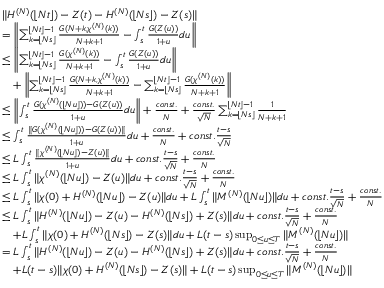
\begin{array} { r l } & { \| H ^ { ( N ) } ( \lfloor N t \rfloor ) - Z ( t ) - H ^ { ( N ) } ( \lfloor N s \rfloor ) - Z ( s ) \| } \\ & { = \left\| \sum _ { k = \lfloor N s \rfloor } ^ { \lfloor N t \rfloor - 1 } \frac { G ( N + k , \chi ^ { ( N ) } ( k ) ) } { N + k + 1 } - \int _ { s } ^ { t } \frac { G ( Z ( u ) ) } { 1 + u } d u \right\| } \\ & { \le \left\| \sum _ { k = \lfloor N s \rfloor } ^ { \lfloor N t \rfloor - 1 } \frac { G ( \chi ^ { ( N ) } ( k ) ) } { N + k + 1 } - \int _ { s } ^ { t } \frac { G ( Z ( u ) ) } { 1 + u } d u \right\| } \\ & { \quad + \left\| \sum _ { k = \lfloor N s \rfloor } ^ { \lfloor N t \rfloor - 1 } \frac { G ( N + k , \chi ^ { ( N ) } ( k ) ) } { N + k + 1 } - \sum _ { k = \lfloor N s \rfloor } ^ { \lfloor N t \rfloor - 1 } \frac { G ( \chi ^ { ( N ) } ( k ) ) } { N + k + 1 } \right\| } \\ & { \le \left\| \int _ { s } ^ { t } \frac { G ( \chi ^ { ( N ) } ( \lfloor N u \rfloor ) ) - G ( Z ( u ) ) } { 1 + u } d u \right\| + \frac { c o n s t . } { N } + \frac { c o n s t . } { \sqrt { N } } \sum _ { k = \lfloor N s \rfloor } ^ { \lfloor N t \rfloor - 1 } \frac { 1 } { N + k + 1 } } \\ & { \le \int _ { s } ^ { t } \frac { \| G ( \chi ^ { ( N ) } ( \lfloor N u \rfloor ) ) - G ( Z ( u ) ) \| } { 1 + u } d u + \frac { c o n s t . } { N } + c o n s t . \frac { t - s } { \sqrt { N } } } \\ & { \le L \int _ { s } ^ { t } \frac { \| \chi ^ { ( N ) } ( \lfloor N u \rfloor ) - Z ( u ) \| } { 1 + u } d u + c o n s t . \frac { t - s } { \sqrt { N } } + \frac { c o n s t . } { N } } \\ & { \le L \int _ { s } ^ { t } \| \chi ^ { ( N ) } ( \lfloor N u \rfloor ) - Z ( u ) \| d u + c o n s t . \frac { t - s } { \sqrt { N } } + \frac { c o n s t . } { N } } \\ & { \le L \int _ { s } ^ { t } \| \chi ( 0 ) + H ^ { ( N ) } ( \lfloor N u \rfloor ) - Z ( u ) \| d u + L \int _ { s } ^ { t } \| M ^ { ( N ) } ( \lfloor N u \rfloor ) \| d u + c o n s t . \frac { t - s } { \sqrt { N } } + \frac { c o n s t . } { N } } \\ & { \le L \int _ { s } ^ { t } \| H ^ { ( N ) } ( \lfloor N u \rfloor ) - Z ( u ) - H ^ { ( N ) } ( \lfloor N s \rfloor ) + Z ( s ) \| d u + c o n s t . \frac { t - s } { \sqrt { N } } + \frac { c o n s t . } { N } } \\ & { \quad + L \int _ { s } ^ { t } \| \chi ( 0 ) + H ^ { ( N ) } ( \lfloor N s \rfloor ) - Z ( s ) \| d u + L ( t - s ) \operatorname* { s u p } _ { 0 \le u \le T } \| M ^ { ( N ) } ( \lfloor N u \rfloor ) \| } \\ & { = L \int _ { s } ^ { t } \| H ^ { ( N ) } ( \lfloor N u \rfloor ) - Z ( u ) - H ^ { ( N ) } ( \lfloor N s \rfloor ) + Z ( s ) \| d u + c o n s t . \frac { t - s } { \sqrt { N } } + \frac { c o n s t . } { N } } \\ & { \quad + L ( t - s ) \| \chi ( 0 ) + H ^ { ( N ) } ( \lfloor N s \rfloor ) - Z ( s ) \| + L ( t - s ) \operatorname* { s u p } _ { 0 \le u \le T } \| M ^ { ( N ) } ( \lfloor N u \rfloor ) \| } \end{array}